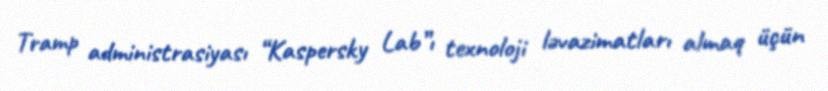
Tramp administrasiyası “Kaspersky Lab”ı texnoloji ləvazimatları almaq üçün